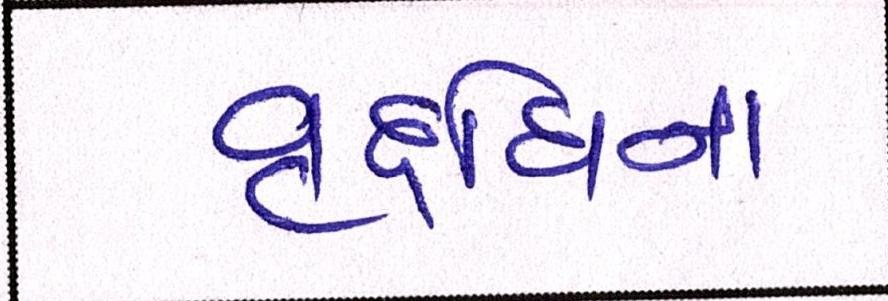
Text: વૃદ્ધિના